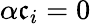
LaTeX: \alpha\mathfrak{c}_{i}=0